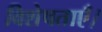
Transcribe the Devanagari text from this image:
विशेषताएँ।